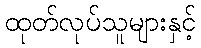
ထုတ်လုပ်သူများနှင့်